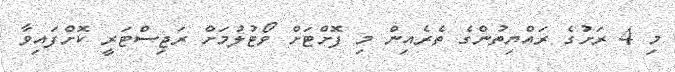
މި 4 ރަށުގެ ރައްޔިތުންގެ ތެރެއިން މި ފޮށްޓަށް ވޯޓުލުމަށް ރަޖިސްޓަރީ ކޮށްފައިވާ